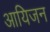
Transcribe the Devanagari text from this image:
आयिजन